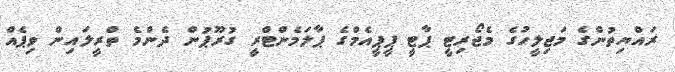
ރައްޔިތުންގެ މަޖިލީހުގެ މެޖޯރިޓީ ޕާޓީ ޕީޕީއެމްގެ ޕާލަމެންޓްރީ ގުރޫޕުން ދެންމެ ތްރީލައިން ވިޕެއް